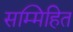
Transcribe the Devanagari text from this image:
सम्मिहित